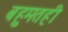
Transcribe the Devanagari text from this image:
बहुमतही